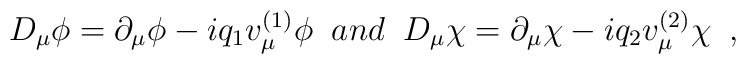
D_{\mu}\phi=\partial_{\mu}\phi-iq_{1}v^{(1)}_{\mu}\phi \;\; and \;\;  D_{\mu}\chi=\partial_{\mu}\chi-iq_{2}v^{(2)}_{\mu}\chi \;\; ,